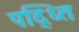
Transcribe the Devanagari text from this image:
पद्ध्‍ति